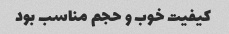
کیفیت خوب و حجم مناسب بود